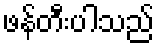
ဖန်တီးပါသည်